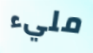
مليء